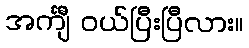
အင်္ကျီ ဝယ်ပြီးပြီလား။